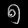
Digit: ၅